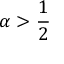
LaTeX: \alpha > { \frac { 1 } { 2 } }